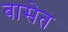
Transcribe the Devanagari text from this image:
बासेत